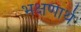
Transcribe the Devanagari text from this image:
भक्षणार्थ